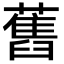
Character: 舊